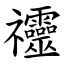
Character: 䄥